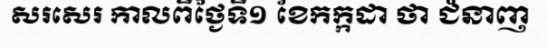
សរសេរ កាលពីថ្ងៃទី១ ខែកក្កដា ថា ជំនាញ